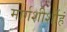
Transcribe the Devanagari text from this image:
मार्गशीर्शोहं